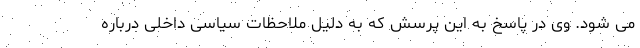
می شود. وی در پاسخ به این پرسش که به دلیل ملاحظات سیاسی داخلی درباره